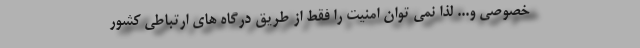
خصوصی و... لذا نمی توان امنیت را فقط از طریق درگاه های ارتباطی کشور